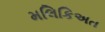
મલિકિઅત